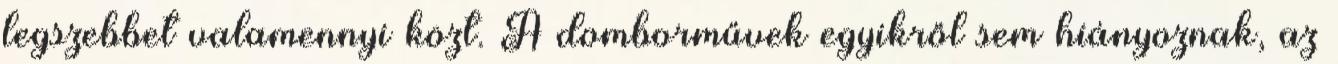
legszebbet valamennyi közt. A domborművek egyikről sem hiányoznak, az